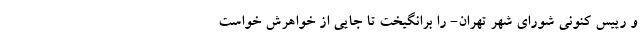
و رییس کنونی شورای شهر تهران- را برانگیخت تا جایی از خواهرش خواست